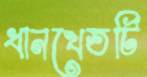
ধানখেতটি